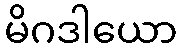
မိဂဒါယော